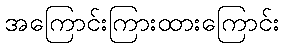
အကြောင်းကြားထားကြောင်း